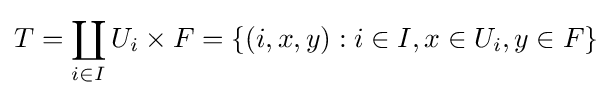
T=\coprod _{i\in I}U_{i}\times F=\{(i,x,y):i\in I,x\in U_{i},y\in F\}